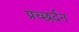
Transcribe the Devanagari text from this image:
प्रच्छर्दन